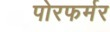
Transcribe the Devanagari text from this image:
पोरफर्मर